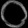
Digit: ၀